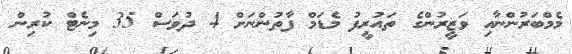
މެމްބަރުންނާއި ވަޒީރުންގެ ތައުރީފު މެޑަމް ފާތުންނަށް 4 ދުވަސް 35 މިނެޓް ކުރިން